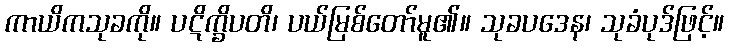
ကာယိကသုခကို။ ပဋိက္ခိပတိ၊ ပယ်မြစ်တော်မူ၏။ သုခပဒေန၊ သုခံပုဒ်ဖြင့်။